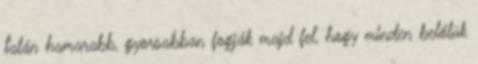
talán hamarabb, gyorsabban fogják majd fel, hogy minden belőlük